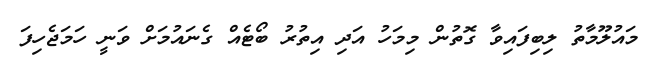
މައުލޫމާތު ލިބިފައިވާ ގޮތުން މިމަހު އަދި އިތުރު ބޯޓެއް ގެނައުމަށް ވަނީ ހަމަޖެހިފަ